Scottish Leaving Certificate Examination, 1958
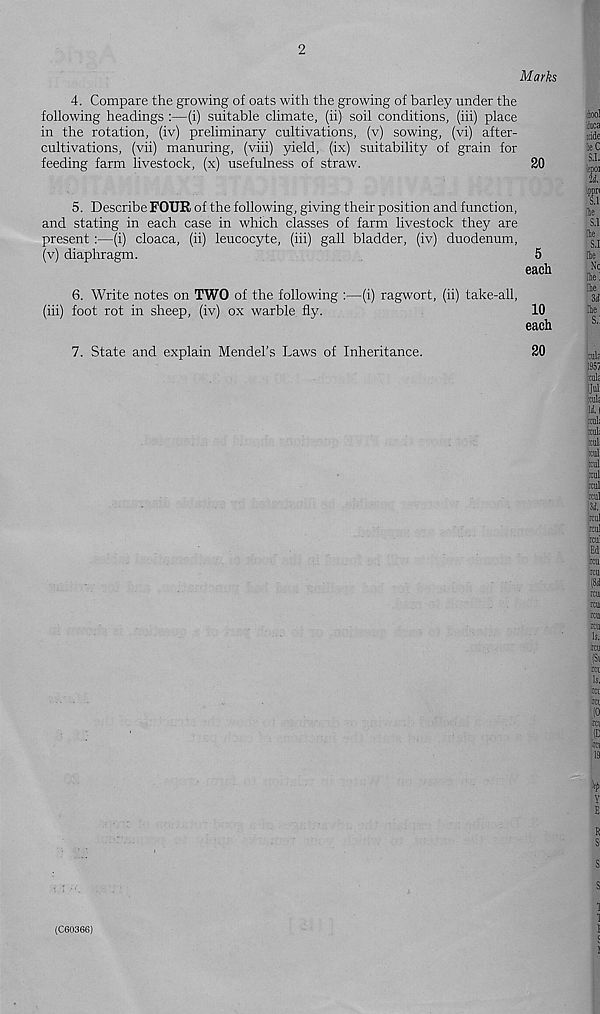
Marks
4. Compare the growing of oats with the growing of barley under the
following headings :—(i) suitable climate, (ii) soil conditions, (iii) place
in the rotation, (iv) preliminary cultivations, (v) sowing, (vi) after-
cultivations, (vii) manuring, (viii) yield, (ix) suitability of grain for
feeding farm livestock, (x) usefulness of straw.
20
5. Describe FOUR of the following, giving their position and function,
and stating in each case in which classes of farm livestock they are
present :—(i) cloaca, (ii) leucocyte, (iii) gall bladder, (iv) duodenum,
(v) diaphragm.
5
each
6. Write notes on TWO of the following :—(i) ragwort, (ii) take-all,
(iii) foot rot in sheep, (iv) ox warble fly.
10
each
7. State and explain Mendel’s Laws of Inheritance.
20
(C60366)